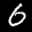
Label: 6